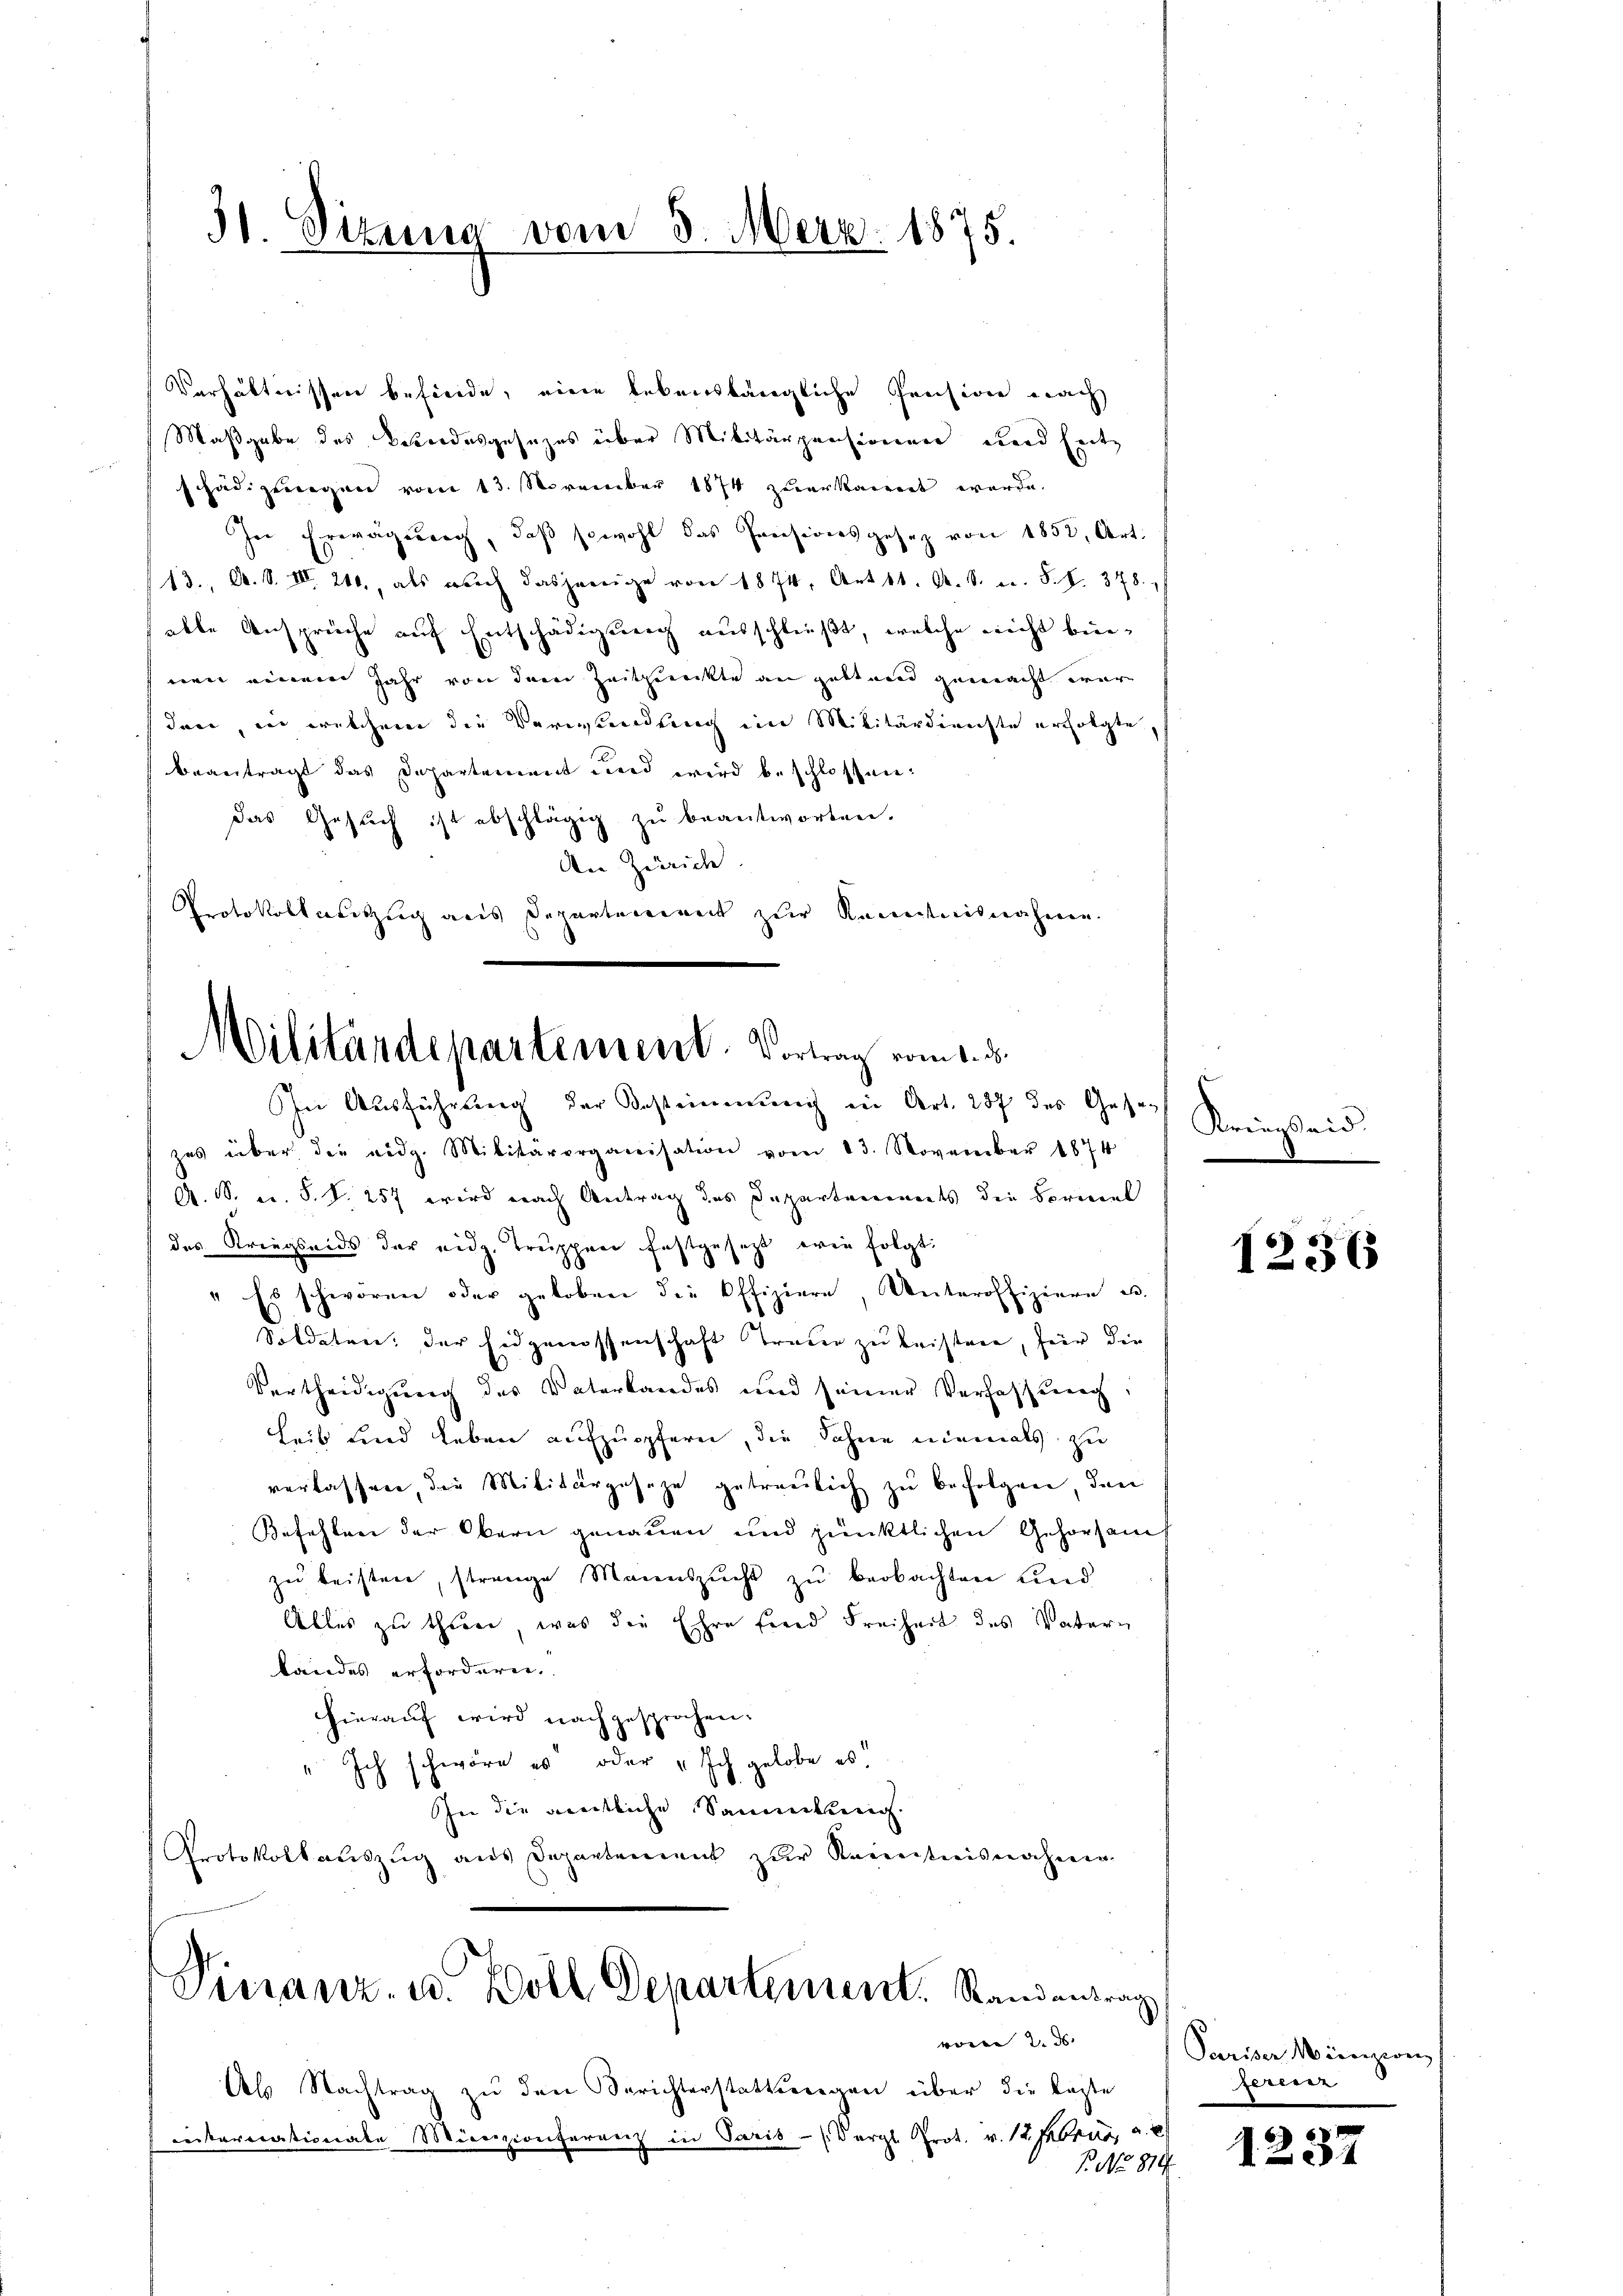
31. Sitzung vom 3. Merz. 1875.

Verhältnissen befinde, eine lebenslängliche Pension nach
Maßgabe des Bandesgesezes über Militärpensionen und Ent
schädigungen vom 13. November 1874 zuerkarret werde.
In Erwägung, daβ sowohl das Pensionsgesez von 1852, Art.
13., A. S. III 210., als weich dasjenige von 1874, Art 11. A. S. m. S. S. 378.
able Ansprüche auf Entschädigung ausschließt, welche nicht beinen einem Jahr von dem Zeitpackte an gestand gemacht wäre
den, in welchem die Verwendung ein Militärdienste erfolgte,
beantragt das Departement und wird beschlossen:
das Gesuch ist abschlägig zu beantworten.
An Zürich
Protokollauszug aus Departement zur Kenntnisnahme.

Militärdepartement. Vortrag vom 1. d.

In Ausführung der Bestimmung in Art. 237 des Gese
zes über die eidg. Militärorganisation vom 13. November 1874
A. S. ac. S. S. 257 wird nach Antrag des Departancements die Forment
des Kriegseids der eidg. Truppen festgesetzt, wie folgt:
" Es schworen oder geloben die Offiziere, Unteroffiziere u.
Soldature; der Eidgenossenschaft Traue zu leisten, für die
Vertheidigung des Vaterlandes und seiner Verfassung
Leib fried Leben aufzuopfern, die Sohne niemals zu
verlassen, die Militärgeseze getreulich zu befolgen, den
Befehlen der Obern genauen und pünktlichen Gehorsams
zu beisten, strenge Mannszucht zu beobachten und
Alles zu thurn, was die Ehre find Freiheit des Vatertandes erfordern.
hierauf wird nachgesprochen.
" Ich schwöre es oder „Ich gelobe es.
In die amtliche Sammlung.
Protokollauszug aus Departement zur Kenntnisnahmen

Pieranz. u. Boll Departement. Randantrag
vom 2. ds.

Ab Nachtrag zŭ den Berichterstattungen über die Laste
iickernationate Menzionferenz in Paris - (Vergl. Prot. v. 12 Februr, a. c.

f. No. 819.

Kriegseid.

1236

Pariser Menziren
feriren

1237